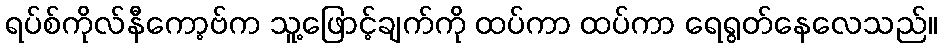
ရပ်စ်ကိုလ်နီကော့ဗ်က သူ့ဖြောင့်ချက်ကို ထပ်ကာ ထပ်ကာ ရေရွတ်နေလေသည်။